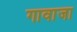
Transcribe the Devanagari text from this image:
गावाजा